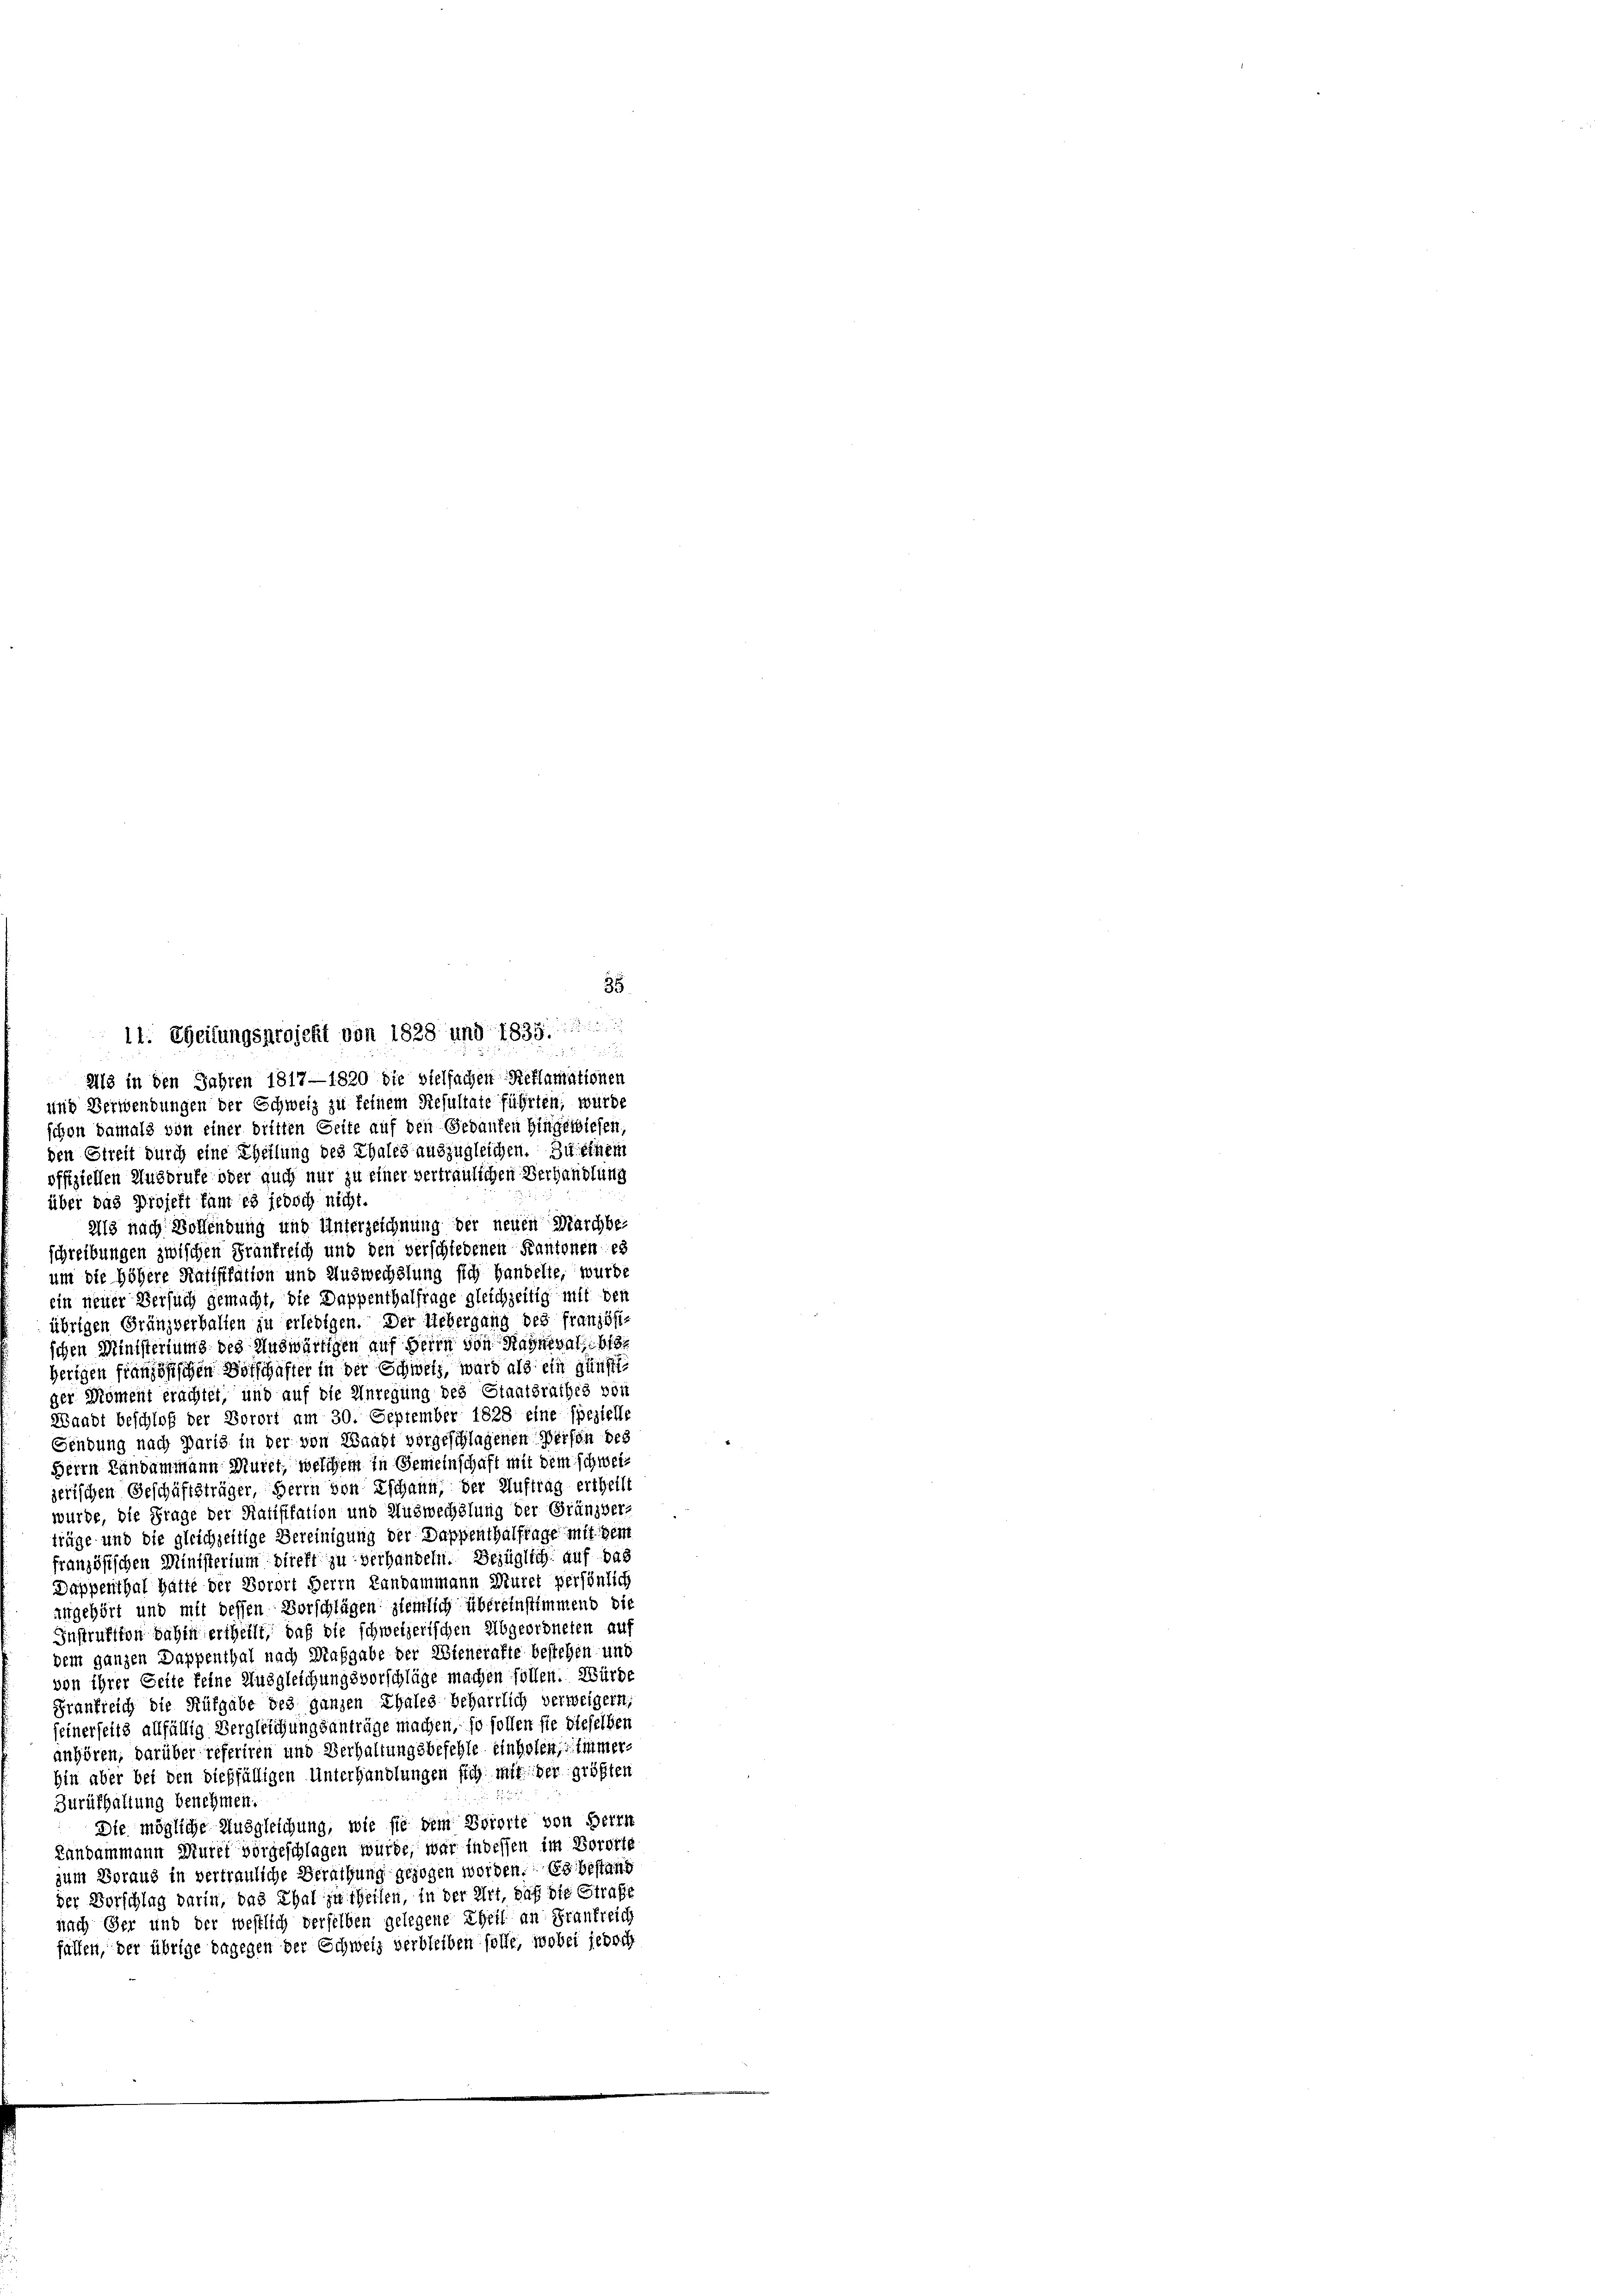
alls in den Jahren 1817—1820 die vielfachen Reflamationen
und Verwendungen der Schweiz zu feinem Resultate führten; würde
schon damals von einer dritten Seite auf den Gebauten Hingewiesen.
den Streit durch eine Theilung des Thales auszugleichen. Zu einem
offiziellen Ausbrufe oder auch nur zu einer vertraulichen Verhandlung
über das Projekt kam es jedoch nicht.
2113 nach Bollendung und Unterzeichnung der neuen Marchbe-
schreibungen zwischen Frankreich und den verschiedenen Kantonen es
um die höhere Ratifikation und Auswechslung sich handelte, wurde
ein neuer Versuch gemacht, die Dappenthalfrage gleichzeitig mit den
übrigen Gränzverbalten zu erledigen. Der Uebergang des französi-
schen Ministertung des Auswärtigen auf Herrn von Stagneval, bis
herigen französischen Botschafter in der Schweiz, ward als ein günstl
ger Moment erachtet, und auf die Unregung des Staatsrathes von
Waadt beschloß der Vorort am 30. September 1828 eine spezielle
Sendung nach Paris in der von Waadt vorgeschlagenen Person des
Herrn Landammann Muret, welchem in Gemeinschaft mit dem schweijerischen Geschäftsträger, Herrn von Eschann, der Auftrag ertheilt
wurde, die Frage der Ratifikation und Auswechslung der Gränzber-
trüge und die gleichzeitige Bereinigung der Dappenthalfrage mit dem
französischen Ministerium direkt zu verhandeln. Bezüglich auf das
Dappenthal hätte der Vorort Herrn Landammann Muret persönlich
angehört und mit dessen Vorschlägen ziemlich übereinstimmend die
Instruktion dahin ertheilt, daß die schweizerischen Abgeordneten auf
dem ganzen Dappenthal nach Maßgabe der Wienerafte bestehen und
von ihrer Seite feine Ausgleichungsvorschläge machen follen. Würde
Frankreich die Rüfgabe des ganzen Thales beharrlich verweigern,
seinerseits allfällig Vergleichungsanträge machen, so sollen sie dieselben
anhören, darüber referiren und Verhaltungsbefehle einholen, immerhin aber bei den dießfälligen Unterhandlungen sich mit der größten
Zurükhaltung benehmen.
Die mögliche Ausgleichung, wie sie dem Svierte von Herrn
Landammann Murel vorgeschlagen würde, war indessen im Vororte
zum Voraus in vertrauliche Berathung gezogen worden. Es bestand
der Vorschlag darin, das Thal zu theilen, in der Art, daß die Strafe
nach Ger und der westlich derselben gelegene Theil an Frankreich
fällen, der übrige dagegen der Schweiz verbleiben solle, wobei jedoch

11. Theilungsprojekt von 1828 und 1835.

35